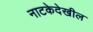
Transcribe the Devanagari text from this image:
नाटकेदेखील